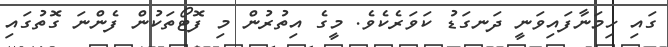
ގައި ހިމަނާފައިވަނީ ދަނގަޑު ކަވަރެކެވެ. މީގެ އިތުރުން މި ފޮޓޯތަކުން ފެންނަ ގޮތުގައި